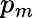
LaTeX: p_{m}